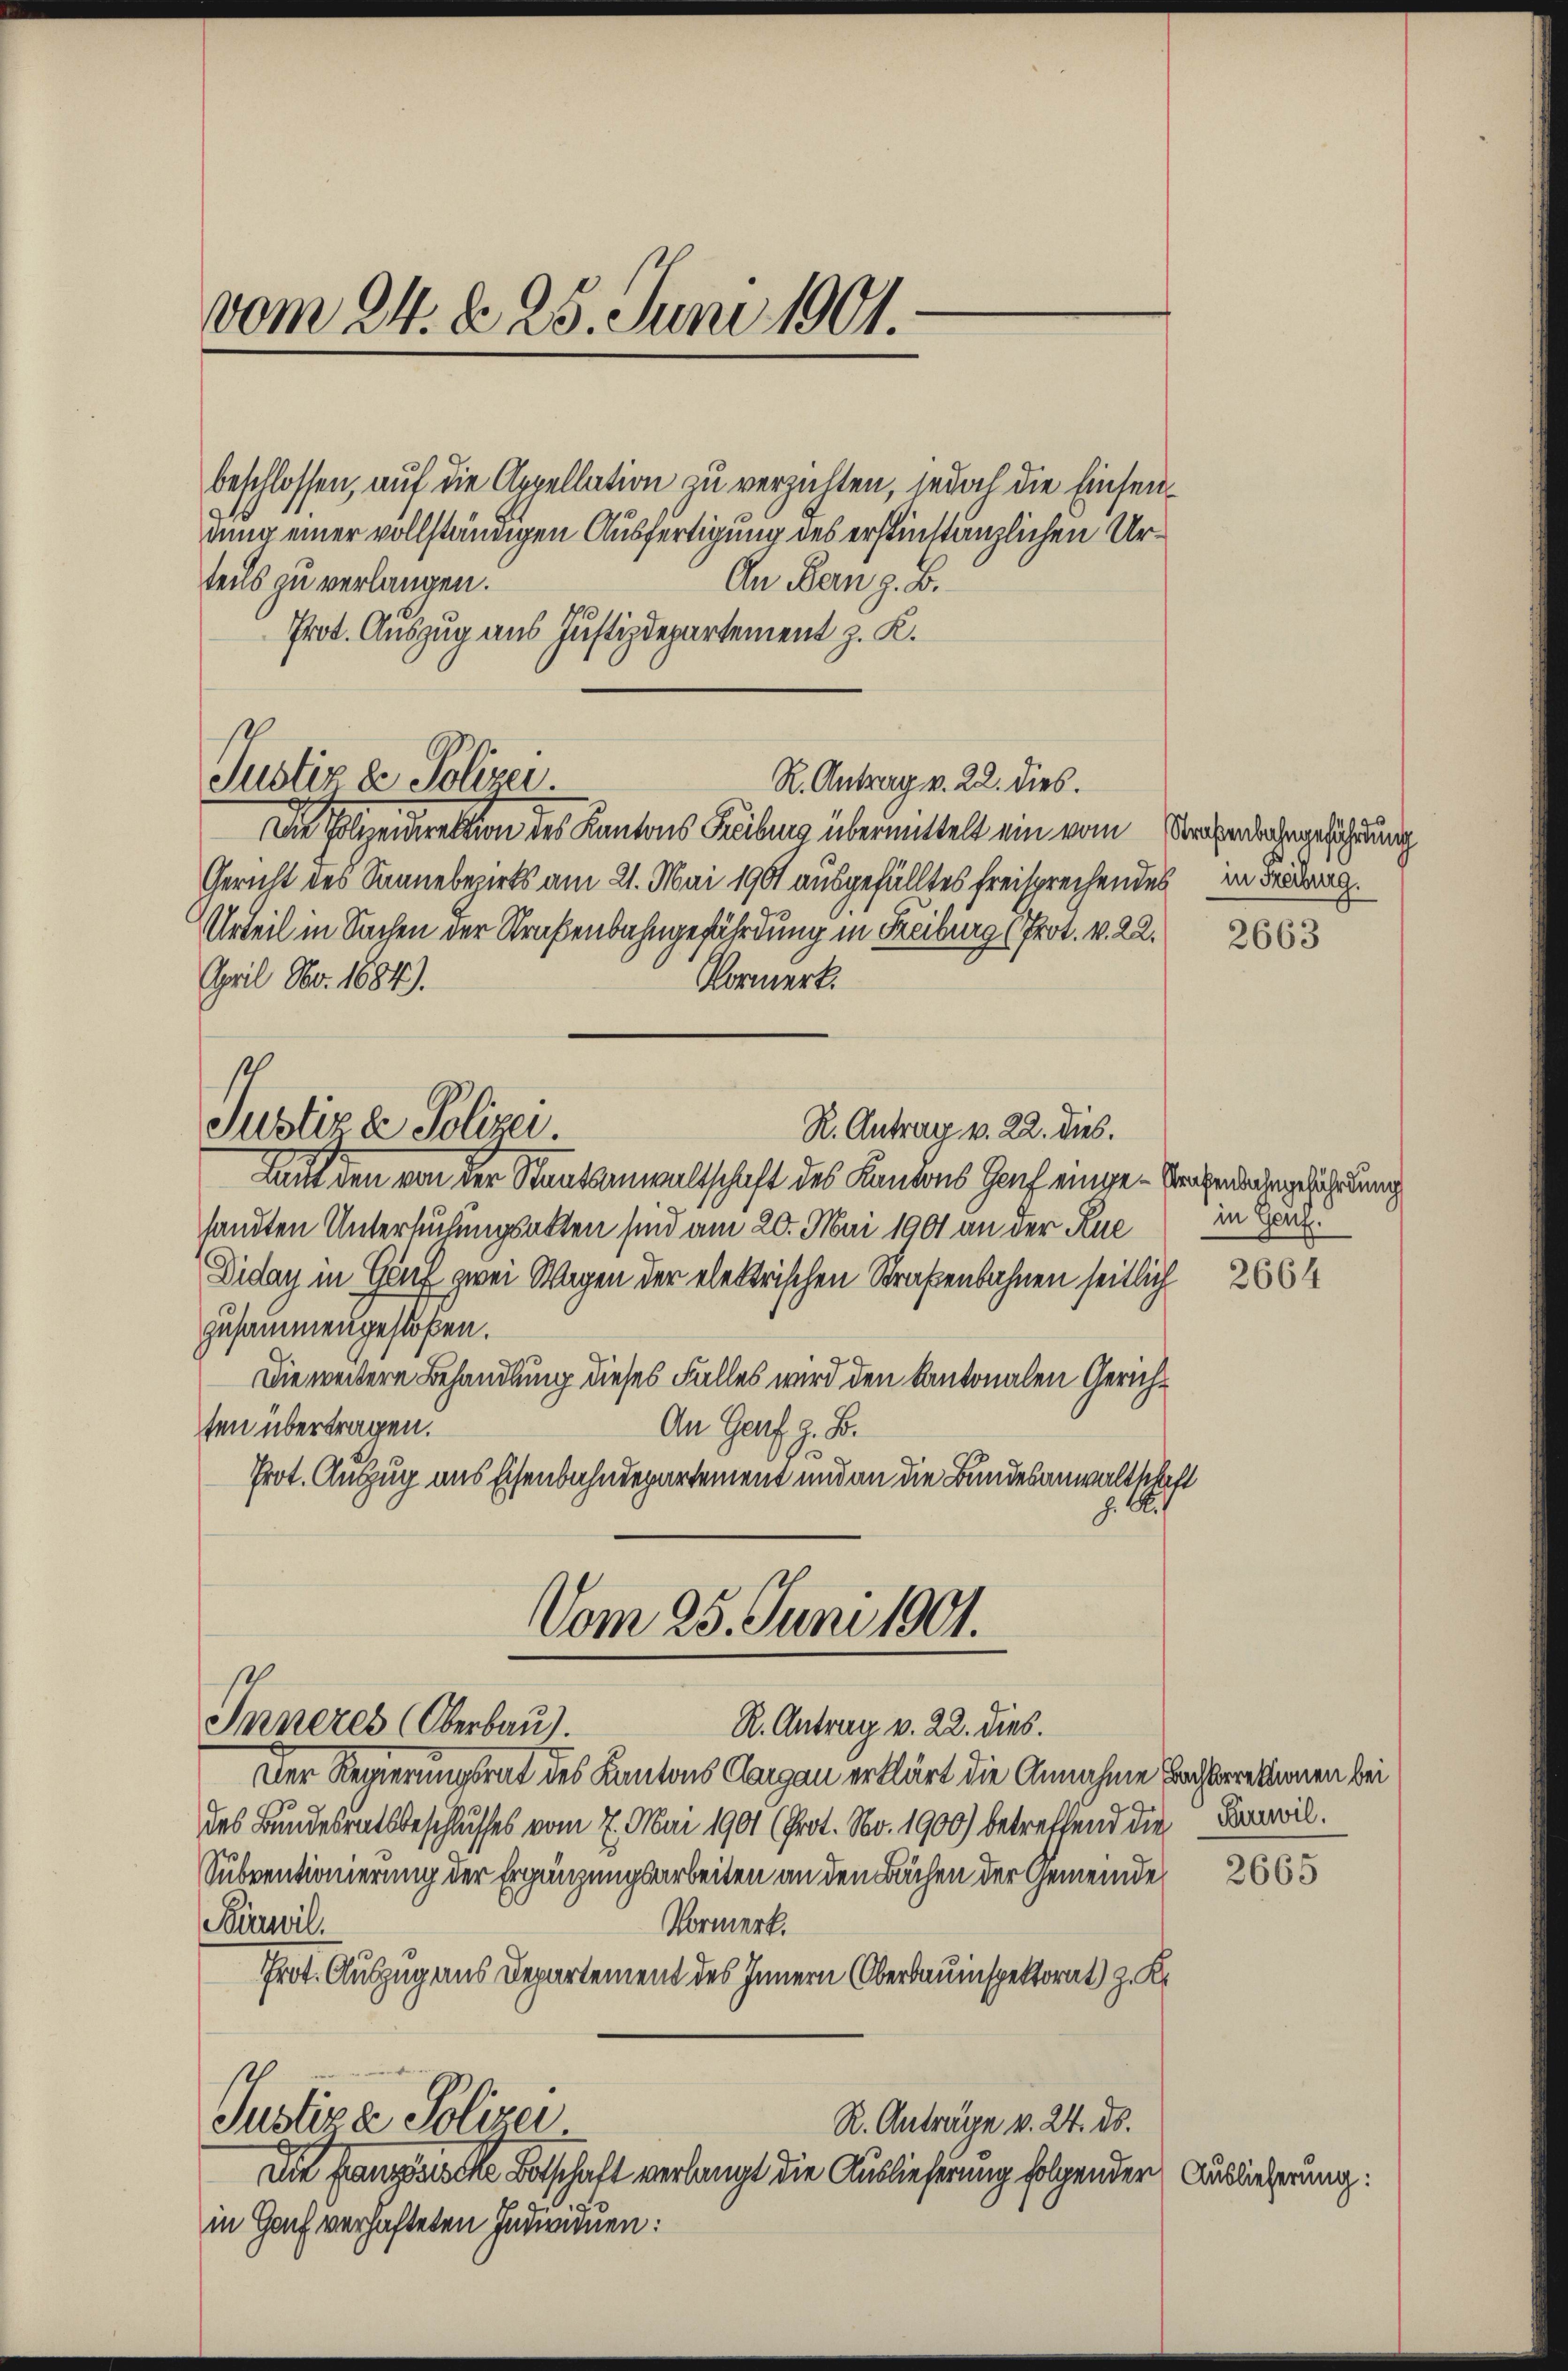
vom 24. d. 25. Juni 1901.

beschlossen, auf die Appellation zu verzichten, jedoch die Einsendung einer vollständigen Ausfertigung des erstinstanzlichen Ur¬
An Bern z. B.
teils zu verlangen.
Prot. Auszug aus Justizdepartement z. K.

Justiz & Polizei
R. Antrag v. 22. dies.

Die Polizeidirektion des Kantons Kreibung übermittelt ein vom Kirchenbahngeführung
Gericht des Sonnebezirks am 21. Mai 1901 ausgefälltes freisprechendes in Fr.
Urteil in Sachen der Straßenbahngefährdung in Reiburg (Prot. v. 22.
April, No. 1884).
Vormerk.
R. Antrag v. 22. dies.
Laut den von der Staatsanwaltschaft des Kantons Genf einge-Strechenden gefährdung
sandten Untersuchungsakten sind am 20. Mai 1901 an der Rue
Diday in Genf zwei Wagen der elektrischen Straßenbahnen seitlich
zusammengestoßen.
Die weitere Behandlung dieses Falles wird den Kantonalen Gerich¬
An Genf z. B.
ten übertragen.
Prot. Auszug aus Eisenbahndepartement und an die Bundesanwaltsbei
A.
Vom 25. Juni 1901.
Inneres Oberbau).
R. Antrag v. 22. dies.
Der Regierungsrat des Kantons Aargau erklärt die Annahme Bachberetten bei
des Bundesratsbeschlusses vom 7. Mai 1901 (Prot. Nov. 1900) betreffend die Konvil.
Subventionierung der Ergänzungsarbeiten an den Bächen der Gemeinde
Birwil.
Vormerk.
Prot. Auszug aus Departement des Innern Oberbauinspektorat) z. K
Justiz & Polizei
R. Anträge v. 24. ds.
Die Französische Botschaft verlangt die Auslieferung folgender
in Hof verhafteten Individuen:

Justiz & Polizei

2663

in Gauf.

2664

2665

Auslieferung: